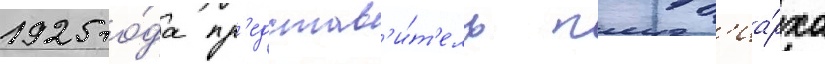
1925 го́да пр'едстав'и́т'ель патр'иа́рха